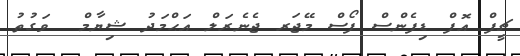
ޗީފް އޮފް ޑިފެންސް ފޯސް މޭޖަރ ޖެނެރަލް އަޙްމަދު ޝިޔާމް  ވަގުތު